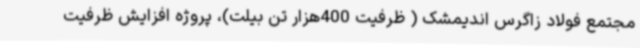
مجتمع فولاد زاگرس اندیمشک ( ظرفیت 400هزار تن بیلت)، پروژه افزایش ظرفیت